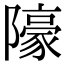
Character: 䧫